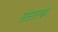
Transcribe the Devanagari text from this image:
संसारके